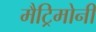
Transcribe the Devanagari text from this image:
मैट्रिमोनी